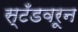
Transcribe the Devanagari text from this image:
स्टँडवरून